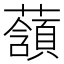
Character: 𧂃